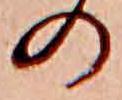
の